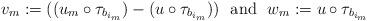
LaTeX: \begin{align*} v_m := ((u_m \circ \tau_{b_{i_m}}) - (u \circ \tau_{b_{i_m}})) \ \ \mbox{and} \ \ w_m := u \circ \tau_{b_{i_m}}\end{align*}